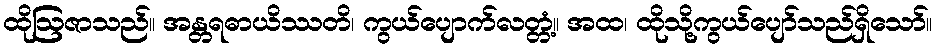
ထိုဩဇာသည်။ အန္တရဓာယိဿတိ၊ ကွယ်ပျောက်လတ္တံ့။ အထ၊ ထိုသို့ကွယ်ပျော်သည်ရှိသော်။